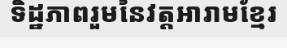
ទិដ្ឋភាពរួមនៃវត្តអារាមខ្មែរ